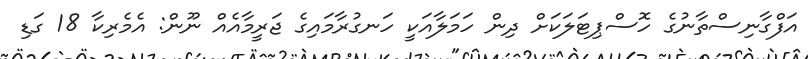
އަފްގާނިސްތާނުގެ ހޮސްޕިޓަލަަކަށް ދިން ހަމަލާއަކީ ހަނގުރާމައިގެ ޖަރީމާއެއް ނޫން: އެމެރިކާ 18 ގަޑި